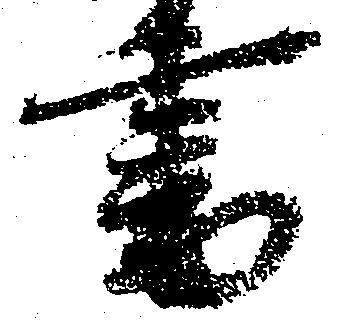
書